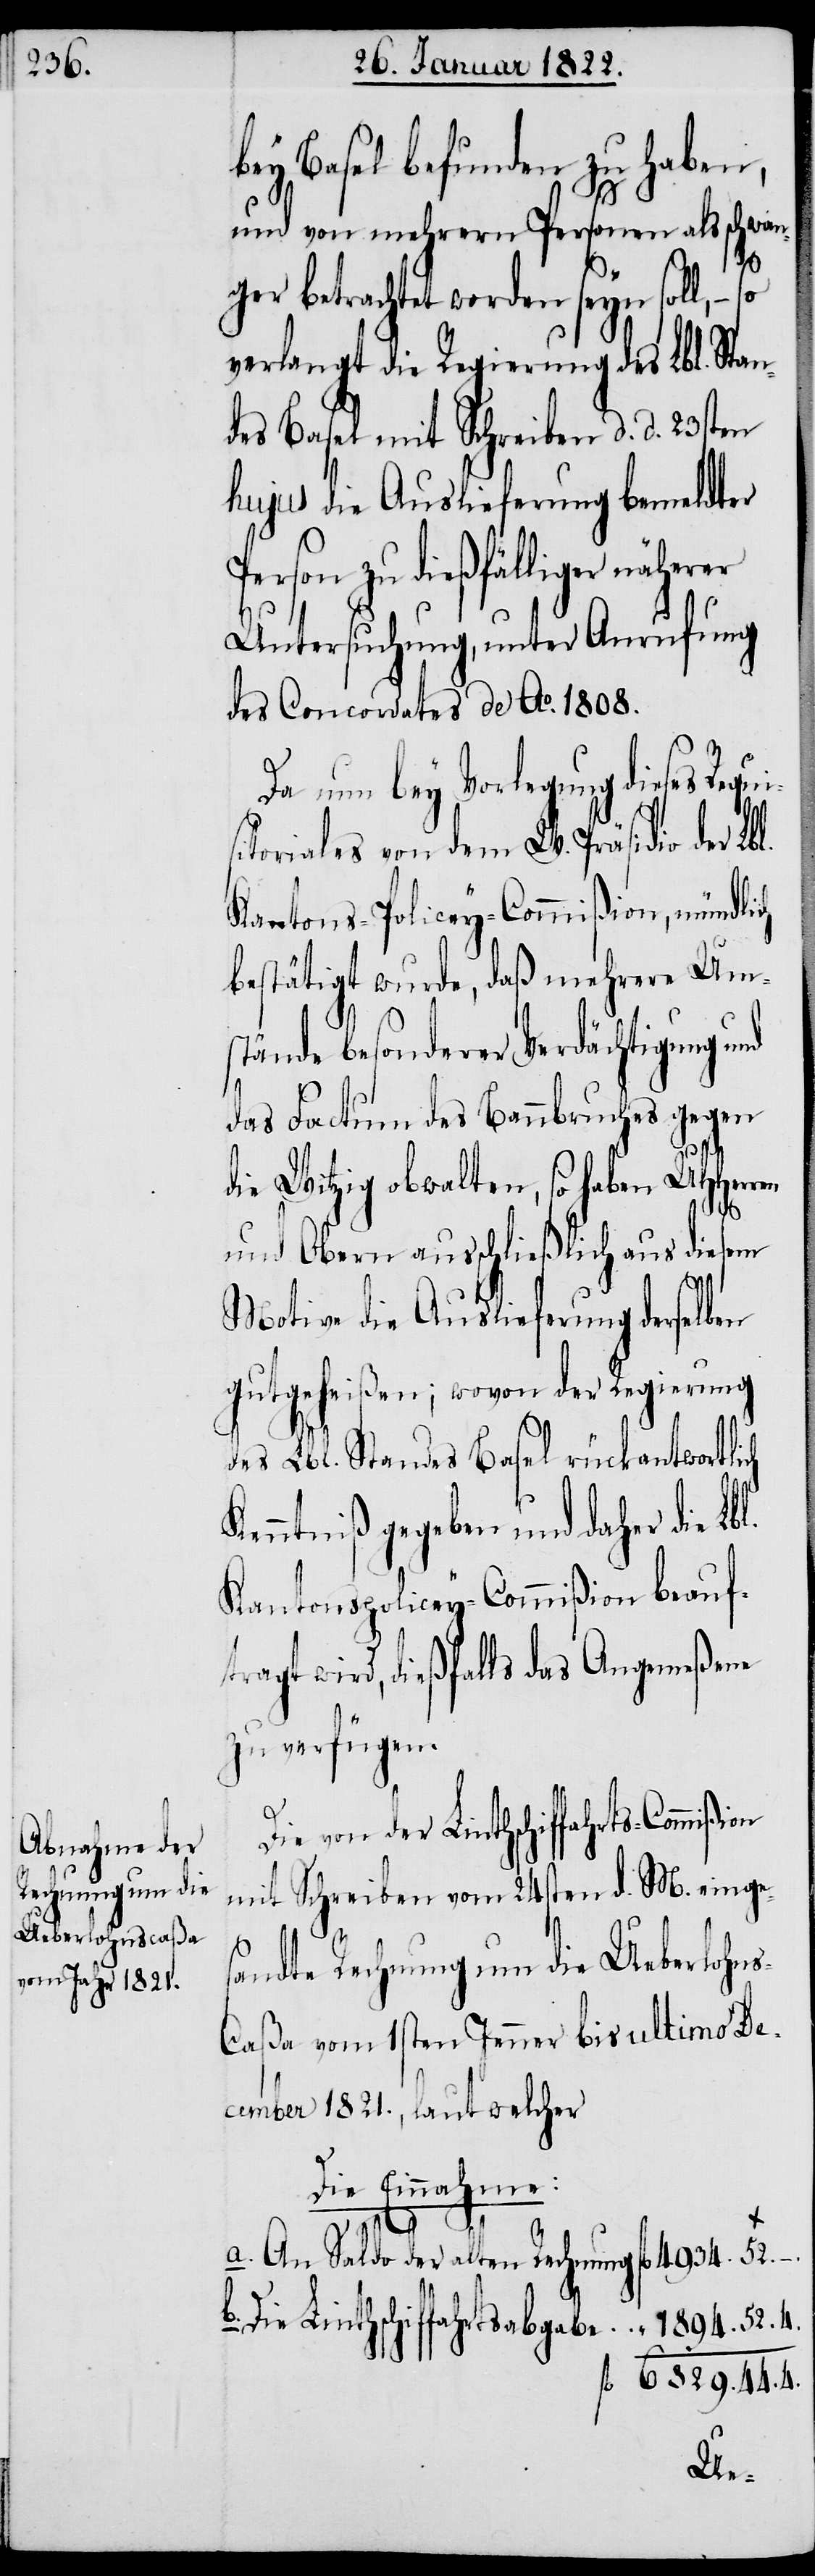
bey Basel befunden zu haben,
und von mehrern Personen als schwan¬
ion
ger betrachtet worden seyn soll, –
verlangt die Regierung des Lbl. Stan¬
des Basel mit Schreiben d. d. 23sten
hujus die Auslieferung bemeldter
Person zu dießfälliger näherer
Untersuchung, unter Anrufung
des Concordates de Ao. 1808.
Da nun bey Vorlegung dieses Requ¬
itoriales von dem W. Präsidio der Lbl.
Kantons-Policey-Commißion, mündlich
bestätigt wurde, daß mehrere Um¬
stände besonderer Verdächtigung und
das Factum des Bannbruches gegen
die Witzig obwalten, so haben UHHerren
und Obern ausschließlich aus diesem
Motive die Auslieferung derselben
gutgeheißen; wovon der Regierung
des Lbl. Standes Basel rückantwortlich
Kenntniß gegeben und daher die Lb¬
Kantonspolicey-Commißion beauf¬
tragt wird, dießfalls das Angemeßene
zu verfügen.
Die von der Linthschiffahrts-Commiß¬
mit Schreiben vom 24sten d. M. einge¬
sandte Rechnung um die Ueberlohn¬
s-Caßa vom 1sten Jenner bis ultimo De¬
cember 1821., laut welcher:
Die Einnahme:
a. An Saldo der alten Rechnung